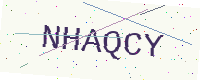
Text: NHAQCY